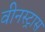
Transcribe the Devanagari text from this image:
वीनस्ट्रास